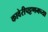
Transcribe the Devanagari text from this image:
कावेरीपट्टणमच्या